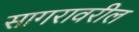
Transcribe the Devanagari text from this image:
सागरावरील